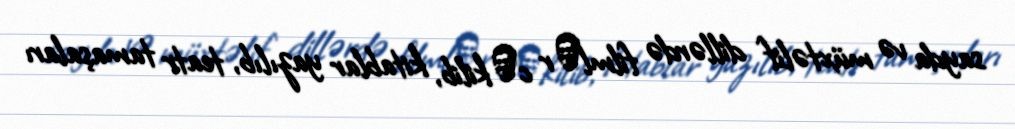
sayda və müxtəlif dillərdə filmlәr cәkilib, kitablar yazılıb, teatr tamaşaları